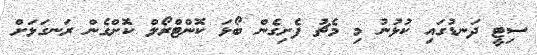
ސިޓީ ދަނޑުގައި ކުޅުނު މި މެޗު ފެށިގެން ބޯޅަ ކޮންޓްރޯލް ކޮށްގެން ރަނގަޅަށް